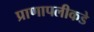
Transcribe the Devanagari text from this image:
प्राणापलीकडे